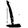
Digit: 1